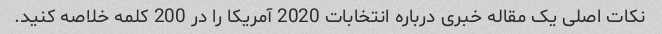
نکات اصلی یک مقاله خبری درباره انتخابات 2020 آمریکا را در 200 کلمه خلاصه کنید.